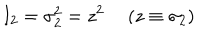
LaTeX: I _ { 2 } = \sigma _ { 2 } ^ { 2 } = z ^ { 2 } ~ ~ ( z \equiv \sigma _ { 2 } )